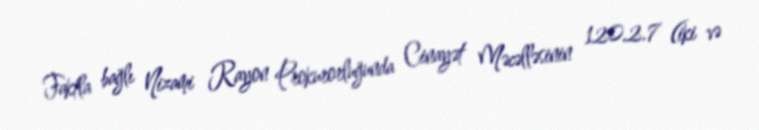
Faktla bağlı Nizami Rayon Prokurorluğunda Cinayət Məcəlləsinin 120.2.7 (iki və